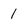
Character: 1